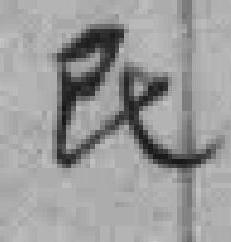
民